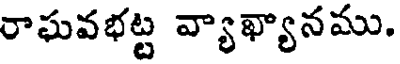
రాఘవభట్ట వ్యాఖ్యానము.